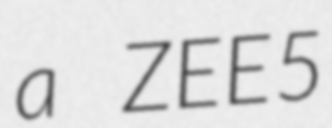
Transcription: a ZEE5